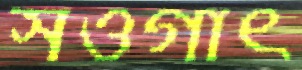
সওগাৎ